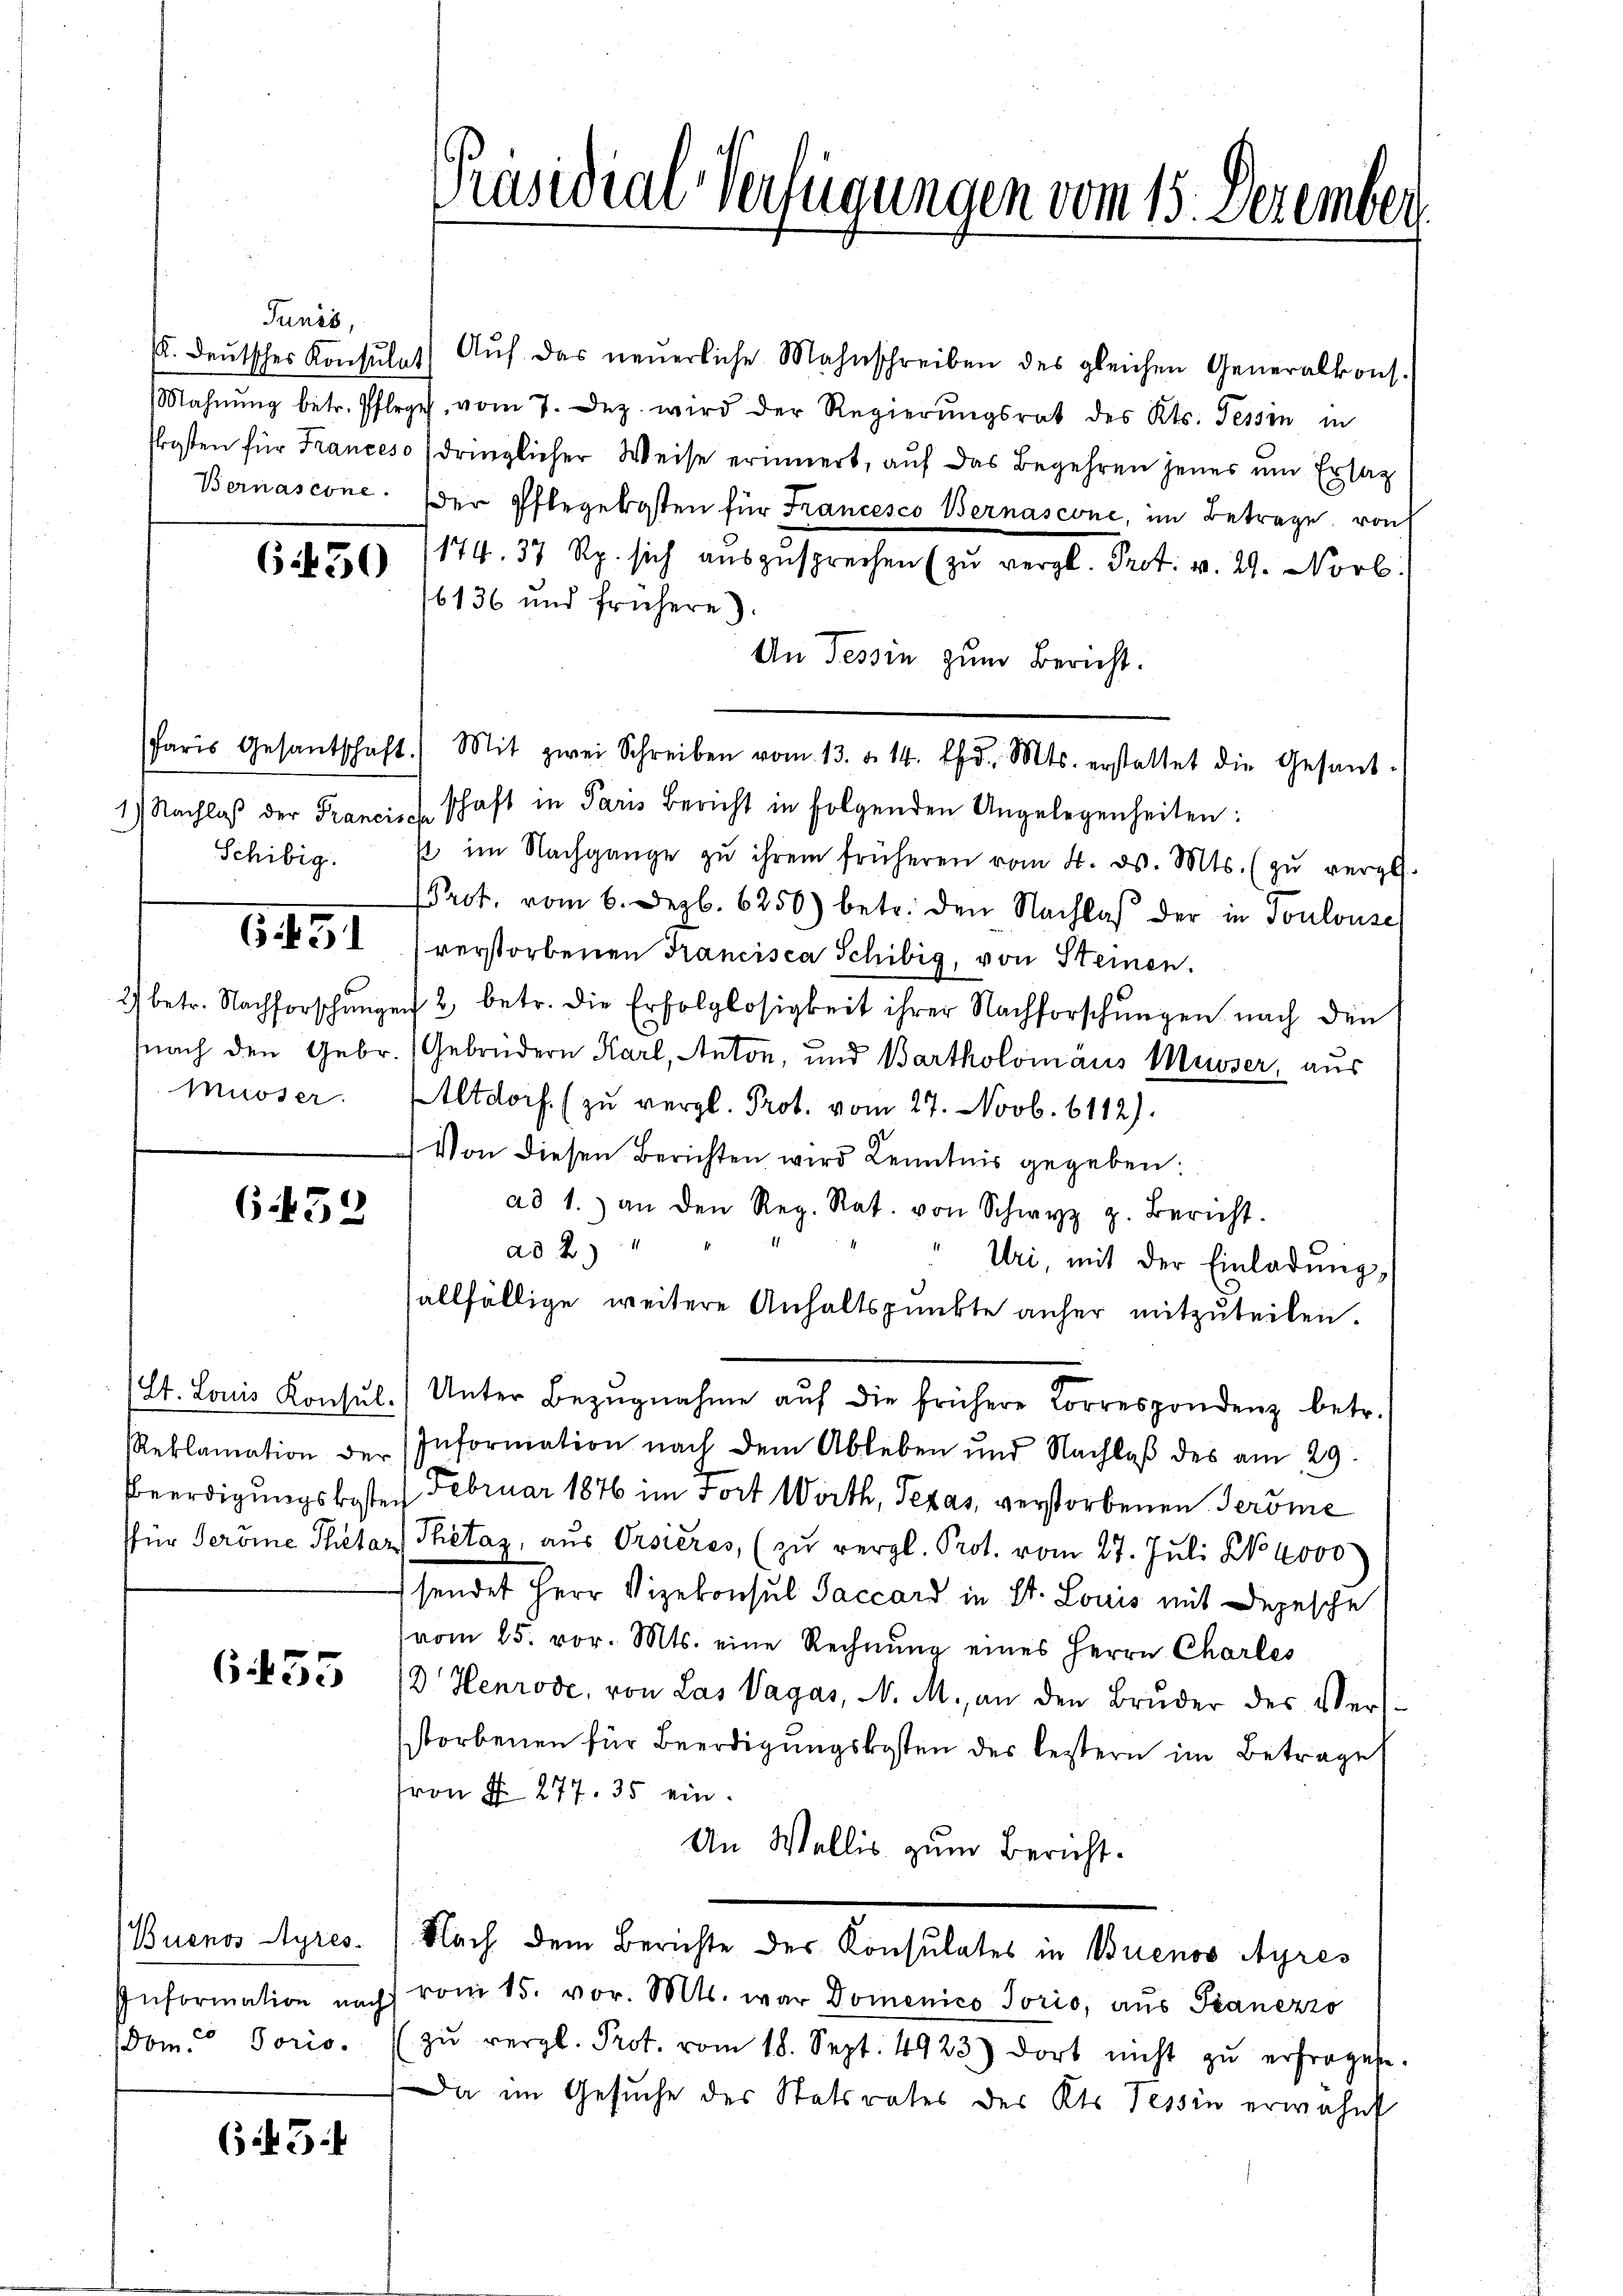
Tunis.

6450

Musser.

6.452

655

Anformation nach
Dom. Soris.

6.3.4

(. deŭtscher Konsulat Aŭf das neŭerliche Mahnschreiben des gleichen Generalkons.
Mahnŭng betr. Pflege vom 7. Dez. wird der Regierŭngsrat des Kts. Tessin in
skosten für Franceso (dringlicher Weise erinnert, auf das Begehren jenes um Ersatz
Bernascone. Der Pflegekosten für Francesco Bernascone, im Betrage, von
174. 57 Rp. sich auszusprechen (zu vergl. Rect. v. 29. Novb.
16136 und frühere
An Tessin zum Bericht.
Paris Gesantschaft) Mit zwei Schreiben vom 13. d. 14. d. Mts. erstattet die Gesand-
1) Nachlaβ der Francis schaft in Paris Bericht in folgenden Angelegenheiten:
Schibig. u im Nachgange zŭ ihrem früheren vom 4. d. Mts. (zŭ vergl.
PProt. vom 6. Dezb. 6250) betr. den Nachlaβ der in Toulouse
61 verstorbenen Francisca Schibig, von Steinen.
2) betr. Nachforschungen 2 betr. die Erfolglosigkeit ihrer Nachforschungen nach den
snach den Gebr. (Gebrüdern Karl, Anton, und Bartholomäus Musser, aus
Altdorf. (zu vergl. Prot. vom 27. Novb. 6112).
Von diesen Berichten wird Kenntnis gegeben:
ad 1. an den Reg. Rat. von Schwyz z. Bericht.
a 24
Uri, mit der Einladung,
allfällige weitere Anhaltspunkte anher mitzuteilen.
(St. Louis Konsŭl.) Unter Bezŭgnahme aŭf die frühere Correspondenz betr.
Reklamation der Information nach dem Ableben und Nachlaβ des am 29.
Beerdigungskoste. Februar 1876 im Fort Worth, Texas verstorbenen Geröme
für Veröme Thietar (Thétaz, aus Orsieres, (zŭ vergl. Prot. vom 27. Juli No 4000
sendet Herr Vizekonsul Saccord in St. Louis mit Depesche
vom 25. vor. Mts. eine Rechnŭng eines Herrn Charles
3 Henrode, von Las Vagas, N. M., an den Bruder des Verstorbenen für Beerdigungskosten des bestern im Betrage
fron N. 277. 35 ein
An Wallis zum Bericht.
Buenos Ayres. Nach dem Berichte des Konsulates in Buenos Ayres
vom 15. vor. Mts. war Domenico Jorio, aus Tranezzo
zŭ vergl. Prot. vom 18. Sept. 4923) dort nicht zŭ erfragene.
Da im Gesuche des Statsrates des Kts. Tessin erwähnt

Präsidial-Verfügungen vom 15. Dezember